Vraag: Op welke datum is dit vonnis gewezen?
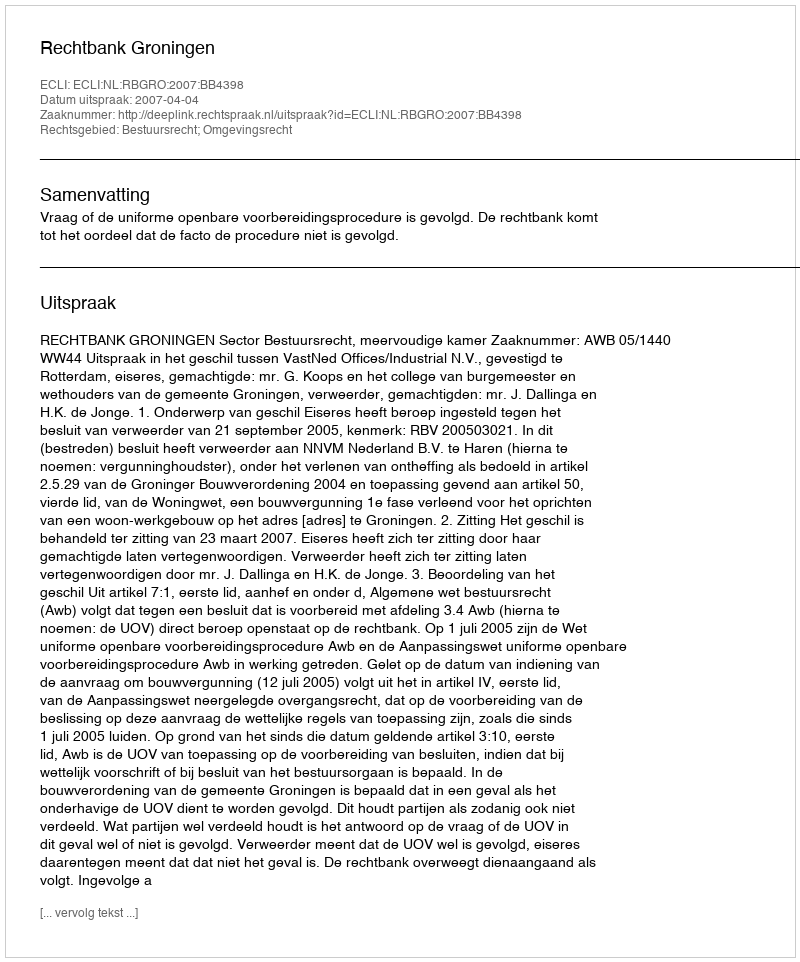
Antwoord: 2007-04-04